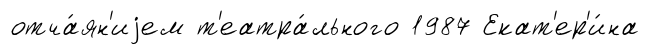
отча́ян'иjем т'еатра́льного 1987 Екат'ер'и́на